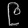
Digit: ၉